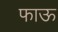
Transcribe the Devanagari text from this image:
फाऊ